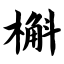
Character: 槲